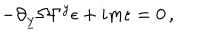
LaTeX: - \partial _ { \underline { { { y } } } } \Omega \Gamma ^ { y } \epsilon + i m \epsilon = 0 \, ,